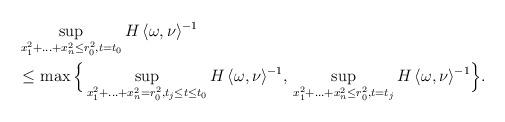
LaTeX: \begin{align*} &\sup_{x_1^2+\hdots+x_n^2 \leq r_0^2, t=t_0} H \, \langle \omega,\nu \rangle^{-1} \\ &\leq \max \Big \{\sup_{x_1^2+\hdots+x_n^2 = r_0^2, t_j \leq t \leq t_0} H \, \langle \omega,\nu \rangle^{-1}, \, \sup_{x_1^2+\hdots+x_n^2 \leq r_0^2, t=t_j} H \, \langle \omega,\nu \rangle^{-1} \Big \}. \end{align*}